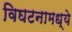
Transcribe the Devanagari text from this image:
विघटनामध्ये